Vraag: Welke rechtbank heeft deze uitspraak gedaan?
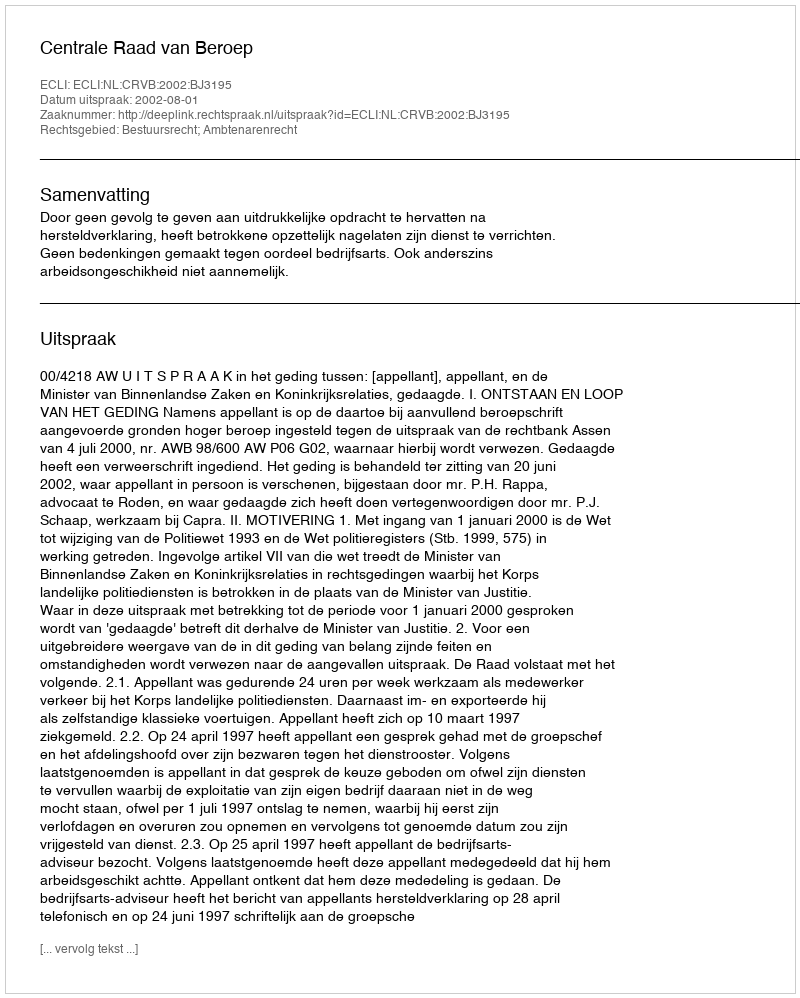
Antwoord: Centrale Raad van Beroep